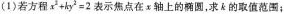
(1)若方程$$x ^ { 2 } + k y ^ { 2 } = 2$$表示焦点在α轴上的椭圆，求k的取值范围；